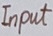
Text: Input